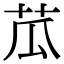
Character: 苽